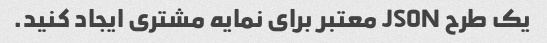
یک طرح JSON معتبر برای نمایه مشتری ایجاد کنید.